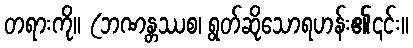
တရားကို။ (ဘဏန္တဿစ၊ ရွတ်ဆိုသောရဟန်း၏၎င်း။